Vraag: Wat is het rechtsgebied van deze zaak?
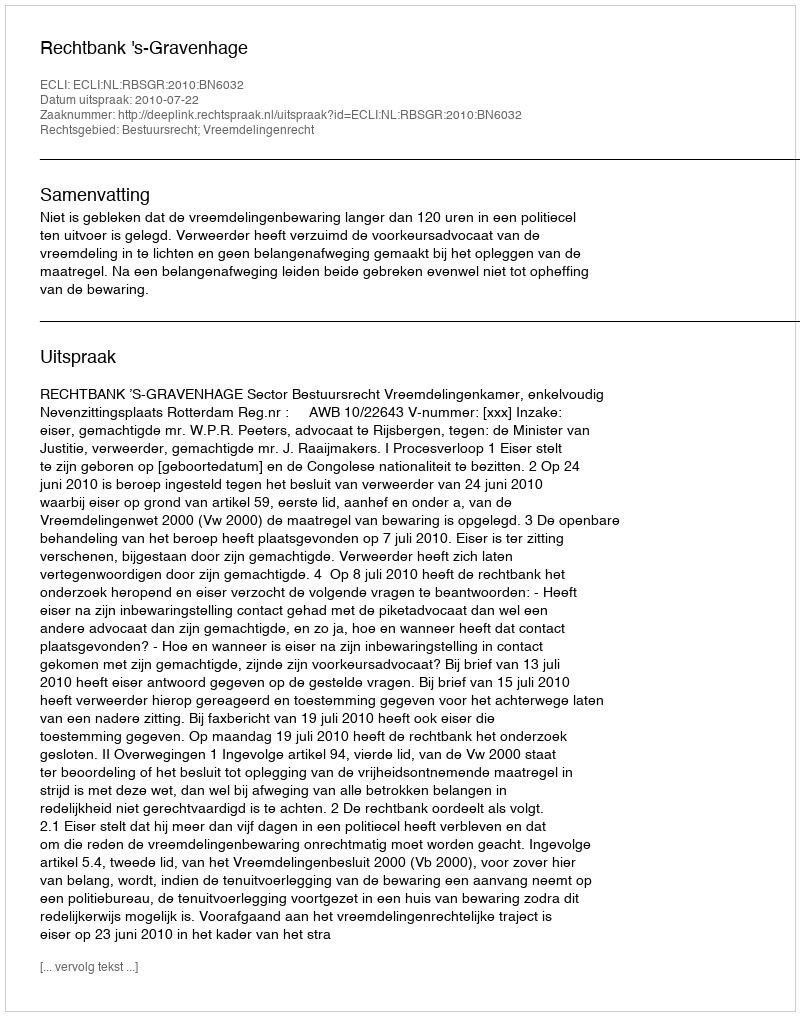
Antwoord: Bestuursrecht; Vreemdelingenrecht